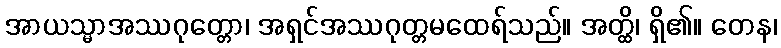
အာယသ္မာအဿဂုတ္တော၊ အရှင်အဿဂုတ္တမထေရ်သည်။ အတ္ထိ၊ ရှိ၏။ တေန၊